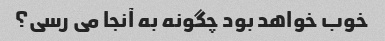
خوب خواهد بود چگونه به آنجا می رسی؟